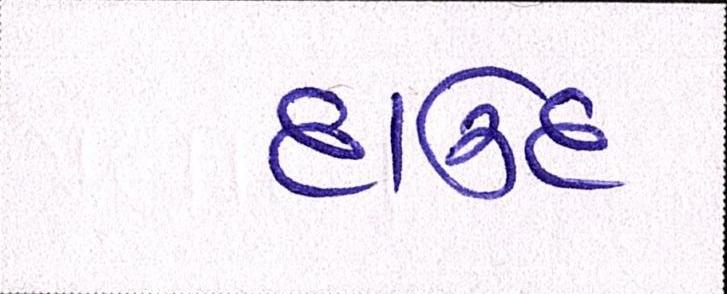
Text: દાઉદ